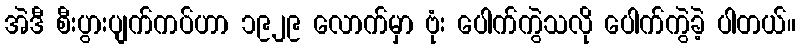
အဲဒီ စီးပွားပျက်ကပ်ဟာ ၁၉၂၉ လောက်မှာ ဗုံး ပေါက်ကွဲသလို ပေါက်ကွဲခဲ့ ပါတယ်။